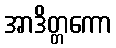
အာဒိတ္တကော